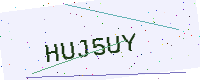
Text: HUJ5UY